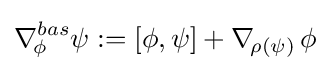
\nabla _{\!\phi \,}^{bas}\psi :=[\phi ,\psi ]+\nabla _{\!\rho (\psi )\,}\phi